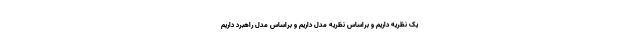
یک نظریه داریم و براساس نظریه مدل داریم و براساس مدل راهبرد داریم